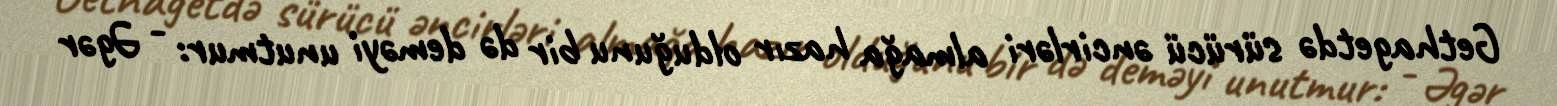
Gethagetdə sürücü əncirləri almağa hazır olduğunu bir də deməyi unutmur: - Əgər